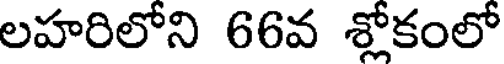
లహరిలోని 66వ శ్లోకంలో